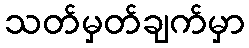
သတ်မှတ်ချက်မှာ